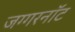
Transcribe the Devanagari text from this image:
जग्गरनॉट